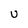
Character: U